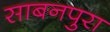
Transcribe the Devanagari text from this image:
साबनपुरा